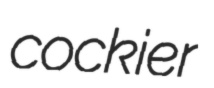
cockier